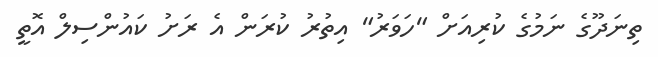
ތިނަދޫގެ ނަމުގެ ކުރިއަށް "ހަވަރު" އިތުރު ކުރަން އެ ރަށު ކައުންސިލް އޮތީ